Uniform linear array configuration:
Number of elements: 8
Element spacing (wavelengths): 0.5
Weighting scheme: uniform
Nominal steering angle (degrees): -15
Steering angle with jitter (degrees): -14.568
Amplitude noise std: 0.05
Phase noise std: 0.05

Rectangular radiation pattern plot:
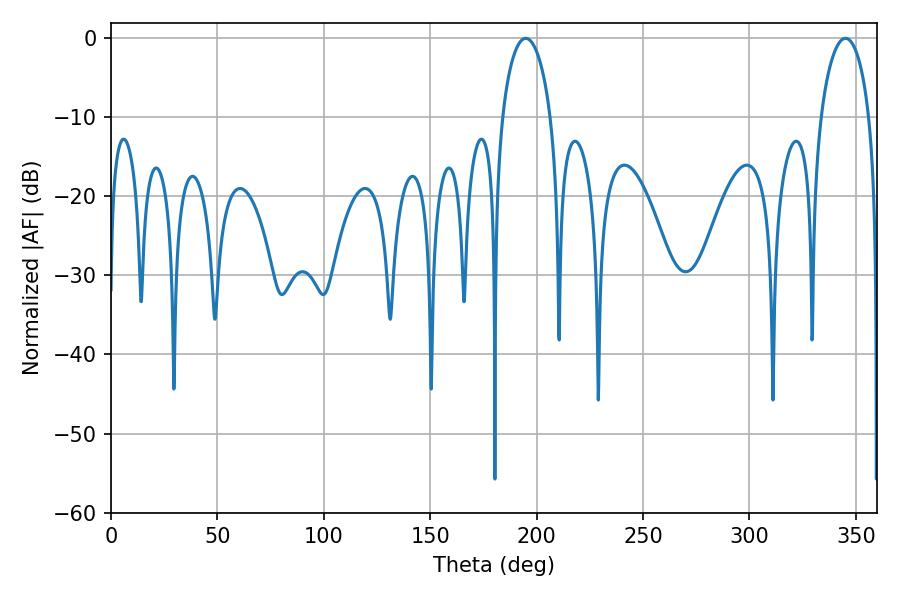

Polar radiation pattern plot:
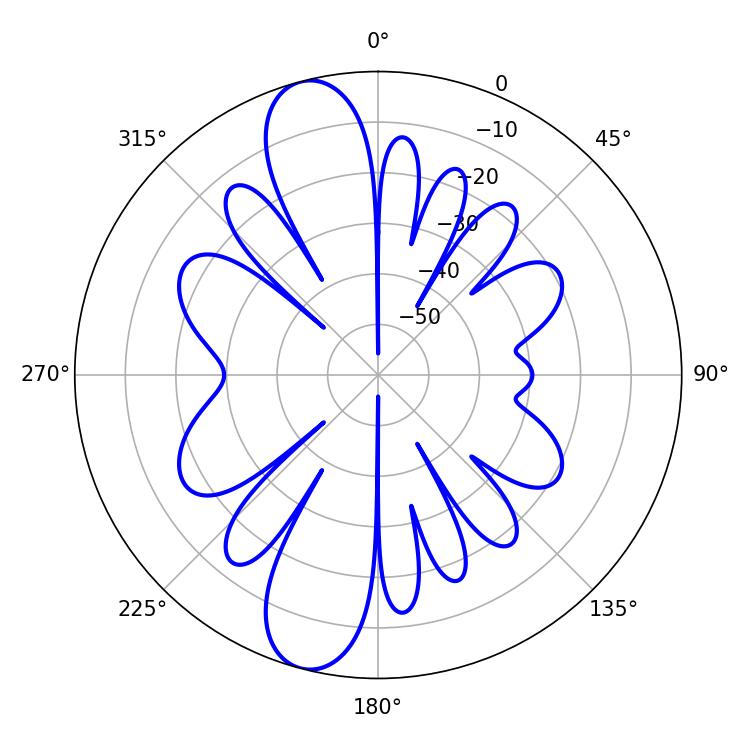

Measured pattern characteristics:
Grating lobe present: FALSE
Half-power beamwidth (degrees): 13.14
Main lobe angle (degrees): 194.94